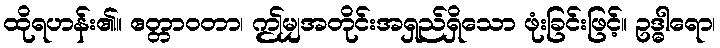
ထိုရဟန်း၏။ ဧတ္တာဝတာ၊ ဤမျှအတိုင်းအရှည်ရှိသော ဖုံးခြင်းဖြင့်။ ဥဒ္ဓါရော၊